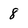
Character: 8